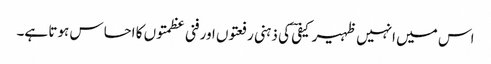
اس میں انہیں ظہیر کیفیؔ کی ذہنی رفعتوں اور فنی عظمتوں کا احساس ہوتا ہے۔